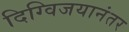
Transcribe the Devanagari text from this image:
दिग्विजयानंतर